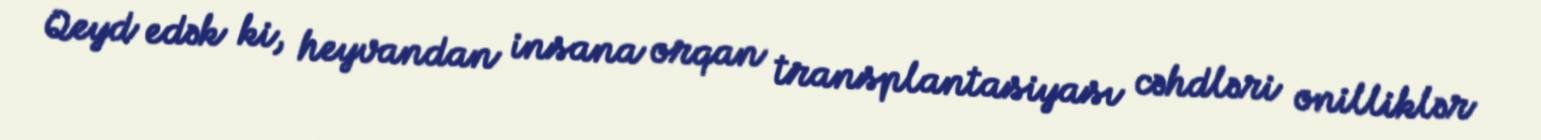
Qeyd edək ki, heyvandan insana orqan transplantasiyası cəhdləri onilliklər